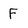
Character: F